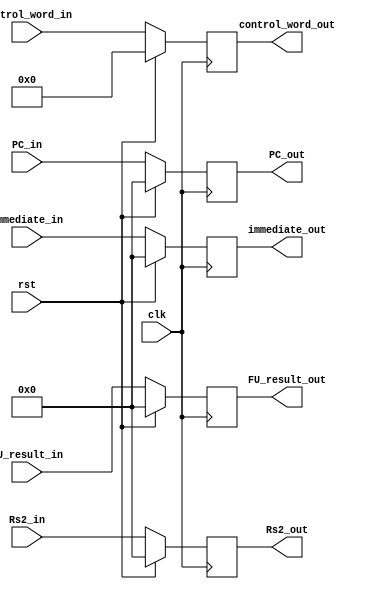
module EXE_MEM( input clk,
               input rst,
               input [34:0] control_word_in,
               output reg [34:0] control_word_out,
               input [31:0] PC_in,
               output reg [31:0] PC_out,
               input [31:0] immediate_in,
               output reg [31:0] immediate_out,
               input [31:0] Rs2_in,
               output reg [31:0] Rs2_out,
               input [31:0] FU_result_in,
               output reg [31:0] FU_result_out );
               
               always@(posedge clk) begin
                    if ( rst ) begin
                        control_word_out   <= 35'h000000000;
                        Rs2_out            <= 32'h00000000;
                        immediate_out      <= 32'h00000000;
                        PC_out             <= 32'h00000000;
                        FU_result_out      <= 32'h00000000;
                    end
                    else begin
                        control_word_out   <= control_word_in;
                        Rs2_out            <= Rs2_in;
                        immediate_out      <= immediate_in;
                        PC_out             <= PC_in;
                        FU_result_out      <= FU_result_in;
                    end
               end


endmodule